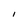
Character: I